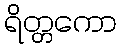
ရိတ္တကော